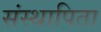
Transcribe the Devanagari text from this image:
संस्थापिता